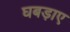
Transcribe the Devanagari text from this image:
घबड़ाए